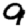
Digit: 9